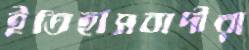
ইতিহাসবাদীরা